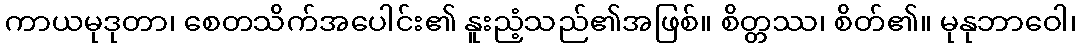
ကာယမုဒုတာ၊ စေတသိက်အပေါင်း၏ နူးညံ့သည်၏အဖြစ်။ စိတ္တဿ၊ စိတ်၏။ မုနုဘာဝေါ၊